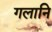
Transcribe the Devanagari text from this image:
गलानि